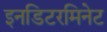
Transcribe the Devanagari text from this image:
इनडिटरमिनेट